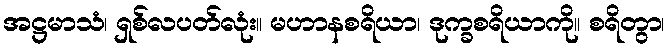
အဋ္ဌမာသံ၊ ရှစ်လပတ်လုံး။ မဟာနစရိယာ၊ ဒုက္ခစရိယာကို။ စရိတွာ၊